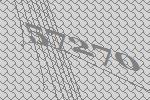
57270